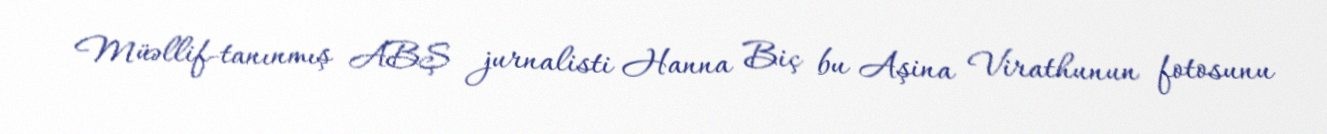
Müəllif-tanınmış ABŞ jurnalisti Hanna Biç bu Aşina Virathunun fotosunu